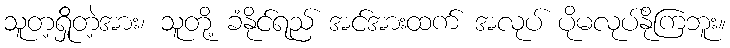
သူတ့ရှိုိတဲ့အား၊ သူတို့ ခံနိုင်ရည် အင်အားထက် အလုပ် ပိုမလုပ်နိုကြဘူး။